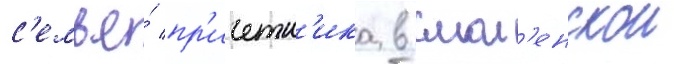
с'емье́ пр'ичетн'ика в смол'енскои